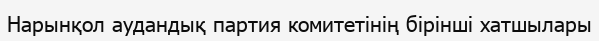
Нарынқол аудандық партия комитетінің бірінші хатшылары